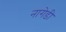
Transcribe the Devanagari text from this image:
नागेडी